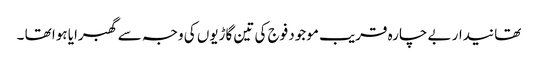
تھانیدار بے چارہ قریب موجود فوج کی تین گاڑیوں کی وجہ سے گھبرایا ہوا تھا ۔